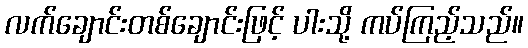
လက်ချောင်းတစ်ချောင်းဖြင့် ပါးသို့ ကပ်ကြည့်သည်။